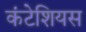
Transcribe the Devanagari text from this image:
कंटेशियस